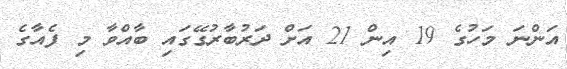
އަންނަ މަހުގެ 19 އިން 21 އަށް ދަރުބާރުގޭގައި ބާއްވާ މި ފެއާގެ